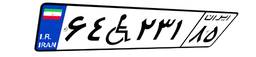
۷۴W۲۲۷۴۰